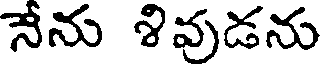
నేను శివుడను